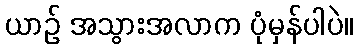
ယာဉ် အသွားအလာက ပုံမှန်ပါပဲ။